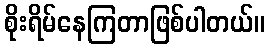
စိုးရိမ်နေကြတာဖြစ်ပါတယ်။